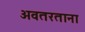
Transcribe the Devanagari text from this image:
अवतरताना